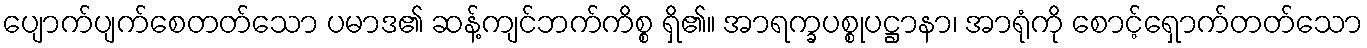
ပျောက်ပျက်စေတတ်သော ပမာဒ၏ ဆန့်ကျင်ဘက်ကိစ္စ ရှိ၏။ အာရက္ခပစ္စုပဋ္ဌာနာ၊ အာရုံကို စောင့်ရှောက်တတ်သော